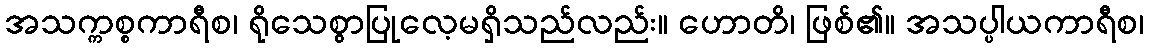
အသက္ကစ္စကာရီစ၊ ရိုသေစွာပြုလေ့မရှိသည်လည်း။ ဟောတိ၊ ဖြစ်၏။ အသပ္ပါယကာရီစ၊